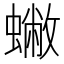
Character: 𧒀